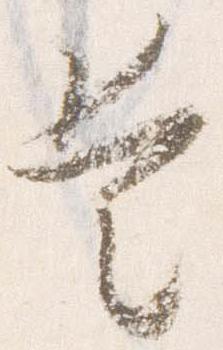
是